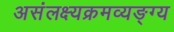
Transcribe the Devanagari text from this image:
असंलक्ष्यक्रमव्यङ्ग्य